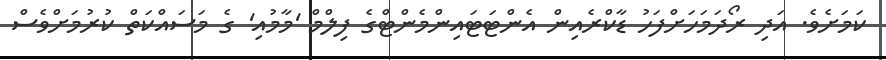
ކަމަށެވެ. އަދި ރޯދަމަހަށްފަހު ޑާކްރެއިން އެންޓަޓައިންމެންޓްގެ ފިލްމް 'މާމުއި' ގެ މަސައްކަތް ކުރުމަށްވެސް